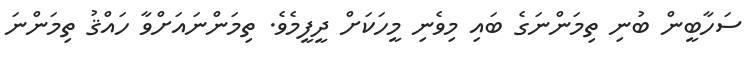
ސަހާބީން ބުނި ތިމަންނަގެ ބައި މިވެނި މީހަކަށް ދީފީމެވެ. ތިމަންނައަށްވާ ހައްޤު ތިމަންނަ